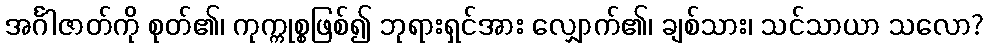
အင်္ဂါဇာတ်ကို စုတ်၏၊ ကုက္ကုစ္စဖြစ်၍ ဘုရားရှင်အား လျှောက်၏၊ ချစ်သား၊ သင်သာယာ သလော?